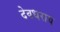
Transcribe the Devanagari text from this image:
देवधराय